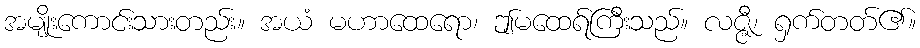
အမျိုးကောင်းသားတည်း။ အယံ မဟာထေရော၊ ဤမထေရ်ကြီးသည်။ လဇ္ဇီ၊ ရှက်တတ်၏။